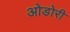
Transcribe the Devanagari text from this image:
ओडोरी